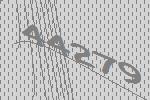
44279